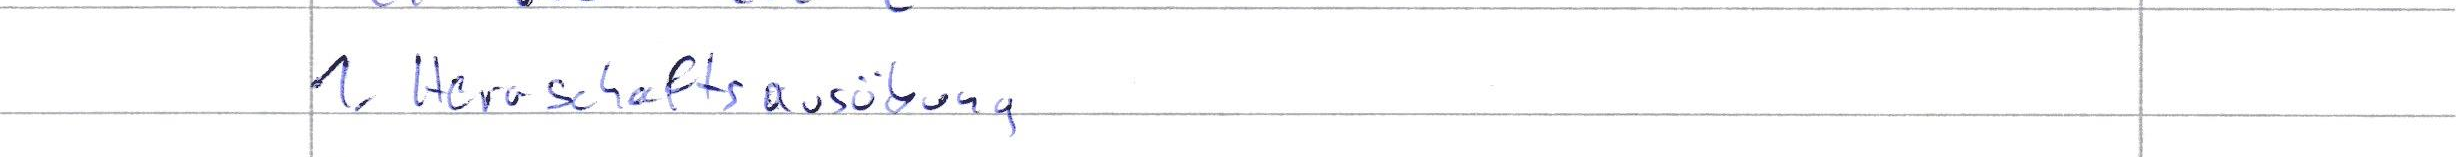
1. Herrschaftsausübung